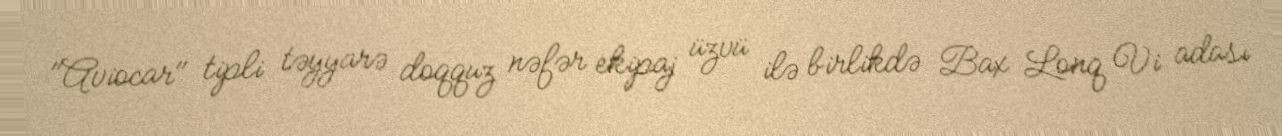
"Aviocar" tipli təyyarə doqquz nəfər ekipaj üzvü ilə birlikdə Bax Lonq Vi adası